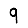
Digit: 9